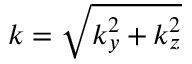
k = \sqrt { k _ { y } ^ { 2 } + k _ { z } ^ { 2 } }